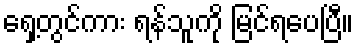
ရှေ့တွင်ကား ရန်သူကို မြင်ရပေပြီ။